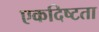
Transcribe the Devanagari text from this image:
एकदिष्‍टता